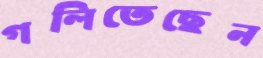
গলিতেছেন